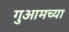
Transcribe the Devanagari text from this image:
गुआमच्या